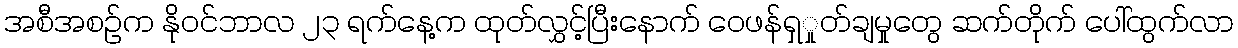
အစီအစဉ်က နိုဝင်ဘာလ ၂၃ ရက်နေ့က ထုတ်လွှင့်ပြီးနောက် ဝေဖန်ရှှုတ်ချမှုတွေ ဆက်တိုက် ပေါ်ထွက်လာ